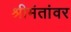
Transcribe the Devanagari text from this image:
श्रीमंतांवर